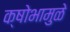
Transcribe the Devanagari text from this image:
क्षोभामुळे